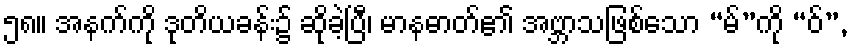
၅၈။ အနက်ကို ဒုတိယခန်း၌ ဆိုခဲ့ပြီ၊ မာနဓာတ်၏ အဗ္ဘာသဖြစ်သော “မ်”ကို “ဝ်”,